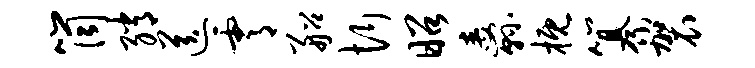
筒绡送霄船忻昭纛概纂袈